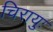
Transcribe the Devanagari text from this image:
चिरायुः